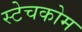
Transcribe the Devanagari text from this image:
स्टेचकोम